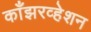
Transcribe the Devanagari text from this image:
काँझरव्हेशन